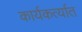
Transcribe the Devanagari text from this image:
कार्यकर्त्‍यात